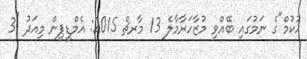
ހުކުމް"ގެ ނަމުގައި ބޭއްވި މުޒާހަރާމާލެ 13 މާރޗް 2015: އެމްޑީޕީން މިއަދު "3